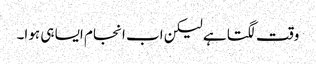
وقت لگتا ہے لیکن اب انجام ایسا ہی ہوا۔